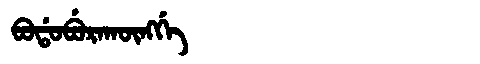
Manchu: ᠪᠣᡩᠣᠪᡠᡵᠠᡴᡡᠩᡤᡝ
Romanization: BODOBURAKŪNGGE